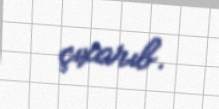
çıxarıb.